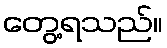
တွေ့ရသည်။